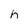
Character: h